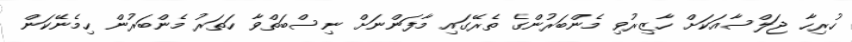
ހުރިހާ ޖަލްސާއަކަށް ހާޒިރުވި މެންބަރުންގެ ތެރޭގައި މާފަންނަށް ނިސްބަތްވާ ހަތަރު މެންބަރުން ހިމެނޭކަން